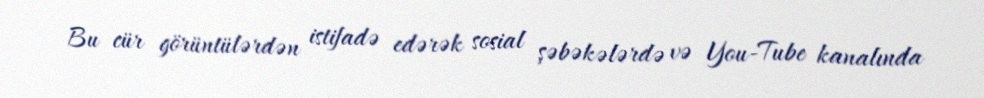
Bu cür görüntülərdən istifadə edərək sosial şəbəkələrdə və You-Tube kanalında